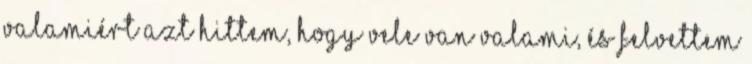
valamiért azt hittem, hogy vele van valami, és felvettem